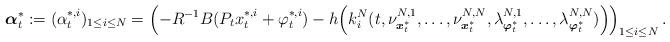
LaTeX: \begin{align*}\boldsymbol{\alpha}_t^*:=(\alpha_t^{*,i})_{1\leq i\leq N}=\left(-R^{-1}B(P_tx_t^{*,i}+\varphi_t^{*,i})-h\Big(k_i^N(t,\nu^{N,1}_{\boldsymbol{x}^*_t},\ldots,\nu^{N,N}_{\boldsymbol{x}^*_t},\lambda^{N,1}_{\boldsymbol{\varphi}^*_t},\ldots,\lambda^{N,N}_{\boldsymbol{\varphi}^*_t})\Big)\right)_{1\leq i\leq N}.\end{align*}